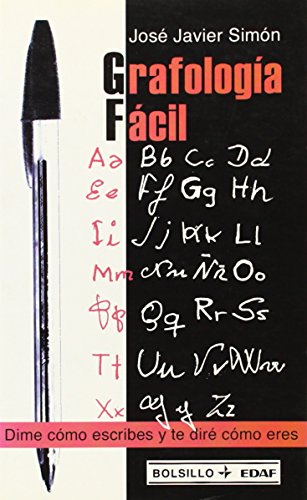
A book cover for Grafologia facil / Easy Graphology: Dime como escribes y te dire como eres (Spanish Edition); Jose Javier Simon; Self-Help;